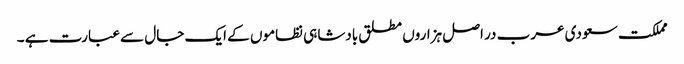
مملکت سعودی عرب در اصل ہزاروں مطلق بادشاہی نظاموں کے ایک جال سے عبارت ہے ۔